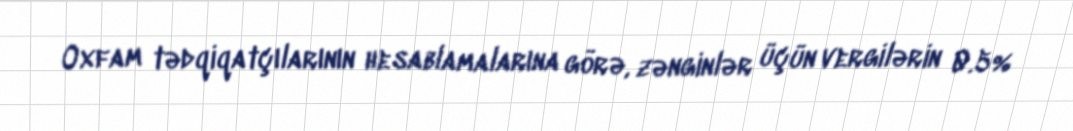
Oxfam tədqiqatçılarının hesablamalarına görə, zənginlər üçün vergilərin 0.5%